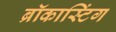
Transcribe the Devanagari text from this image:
ब्रॉकास्टिंग